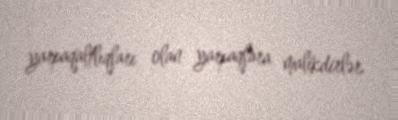
yarpaqaltlıqları olan yarpaqlara malikdirlər.